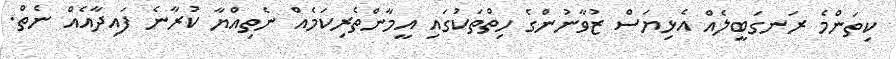
ކިތަންމެ ރަނގަބީލެއް އެޅިޔަސް ޒުވާނުންގެ ހިތްތަކުގައި އީމާންތެރިކަމެއް ނެތިއްޔާ ކުރާނެ ފައިދާއެއް ނެތް.